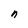
Character: n